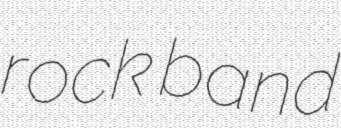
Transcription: rock band